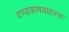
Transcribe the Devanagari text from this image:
दण्डकाषयधारणः